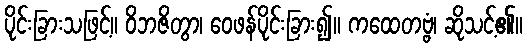
ပိုင်းခြားသဖြင့်။ ဝိဘဇိတွာ၊ ဝေဖန်ပိုင်းခြား၍။ ကထေတဗ္ဗံ၊ ဆိုသင့်၏။